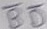
Text: BD